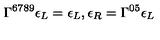
\Gamma ^ { 6 7 8 9 } \epsilon _ { L } = \epsilon _ { L } , \epsilon _ { R } = \Gamma ^ { 0 5 } \epsilon _ { L }